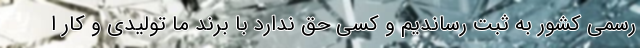
رسمی کشور به ثبت رساندیم و کسی حق ندارد با برند ما تولیدی و کار ا